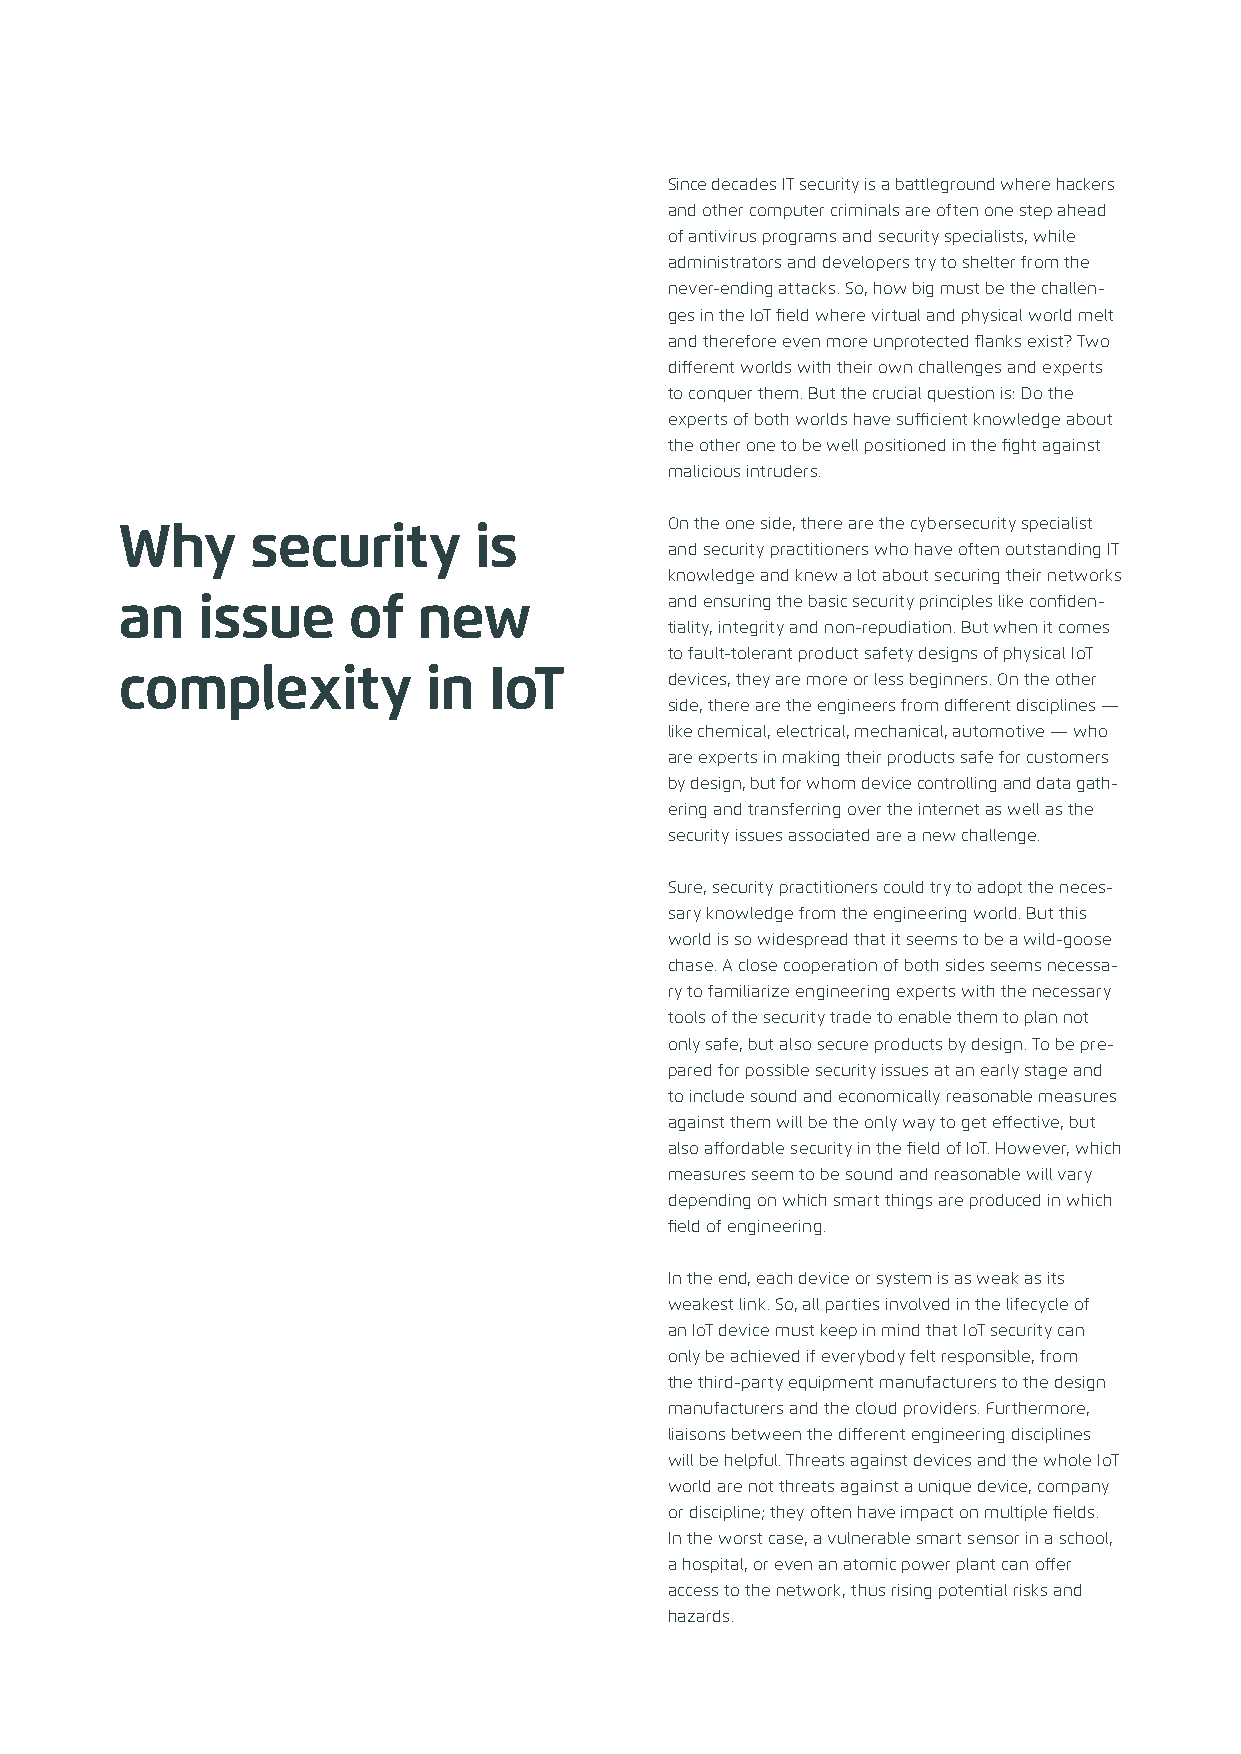
Since decades IT security is a battleground where hackers
 and other computer criminals are often one step ahead
 of antivirus programs and security specialists, while
 administrators and developers try to shelter from the
 never-ending attacks. So, how big must be the challen-
 ges in the IoT field where virtual and physical world melt
 and therefore even more unprotected flanks exist? Two
 different worlds with their own challenges and experts
 to conquer them. But the crucial question is: Do the
 experts of both worlds have sufficient knowledge about
 the other one to be well positioned in the fight against
 malicious intruders.
 Why      security      is           On the one side, there are the cybersecurity specialist
 and security practitioners who have often outstanding IT
 knowledge and knew a lot about securing their networks
 an   issue     of   new             and ensuring the basic security principles like confiden-
 tiality, integrity and non-repudiation. But when it comes
 to fault-tolerant product safety designs of physical IoT
 complexity          in  IoT
 devices, they are more or less beginners. On the other
 side, there are the engineers from different disciplines —
 like chemical, electrical, mechanical, automotive — who
 are experts in making their products safe for customers
 by design, but for whom device controlling and data gath-
 ering and transferring over the internet as well as the
 security issues associated are a new challenge.
 Sure, security practitioners could try to adopt the neces-
 sary knowledge from the engineering world. But this
 world is so widespread that it seems to be a wild-goose
 chase. A close cooperation of both sides seems necessa-
 ry to familiarize engineering experts with the necessary
 tools of the security trade to enable them to plan not
 only safe, but also secure products by design. To be pre-
 pared for possible security issues at an early stage and
 to include sound and economically reasonable measures
 against them will be the only way to get effective, but
 also affordable security in the field of IoT. However, which
 measures seem to be sound and reasonable will vary
 depending on which smart things are produced in which
 field of engineering.
 In the end, each device or system is as weak as its
 weakest link. So, all parties involved in the lifecycle of
 an IoT device must keep in mind that IoT security can
 only be achieved if everybody felt responsible, from
 the third-party equipment manufacturers to the design
 manufacturers and the cloud providers. Furthermore,
 liaisons between the different engineering disciplines
 will be helpful. Threats against devices and the whole IoT
 world are not threats against a unique device, company
 or discipline; they often have impact on multiple fields.
 In the worst case, a vulnerable smart sensor in a school,
 a hospital, or even an atomic power plant can offer
 access to the network, thus rising potential risks and
 hazards.